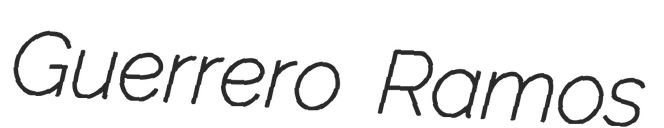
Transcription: Guerrero Ramos